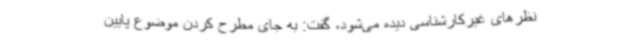
نظرهای غیرکارشناسی دیده می‌شود، گفت: به جای مطرح کردن موضوع پایین